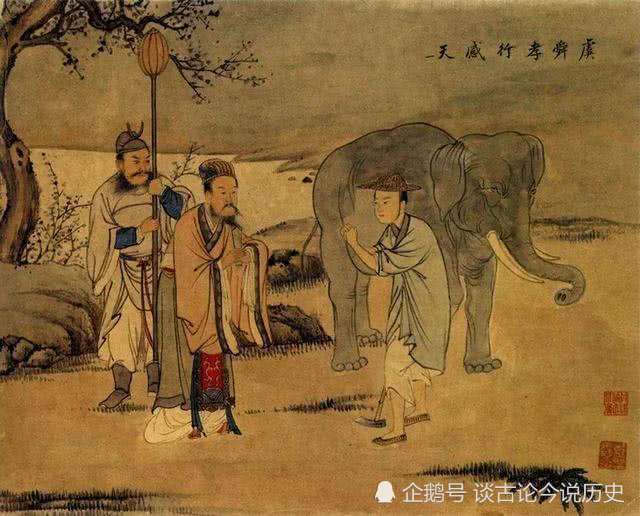
为地战者不能成王，为禄仕者不能成政